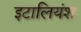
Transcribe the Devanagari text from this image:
इटालियंश